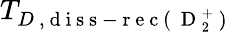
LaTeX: T_{D\mathrm{~,~d~i~s~s~-~r~e~c~(~}\mathrm{~D~}_{2}^{+}\mathrm{~)~}}